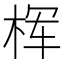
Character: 𰗢